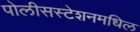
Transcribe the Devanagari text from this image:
पोलीसस्टेशनमधिल